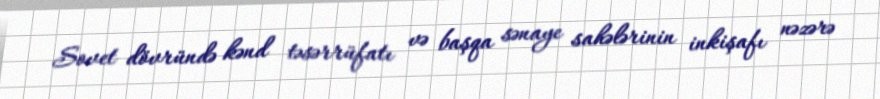
Sovet dövründə kənd təsərrüfatı və başqa sənaye sahələrinin inkişafı nəzərə